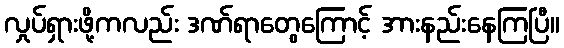
လှုပ်ရှားဖို့ကလည်း ဒဏ်ရာတွေကြောင့် အားနည်းနေကြပြီ။